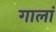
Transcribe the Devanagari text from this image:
गालां